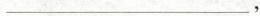
___，